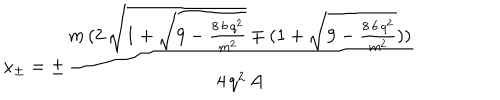
LaTeX: x _ { \pm } = \pm \frac { m \, ( 2 \, \sqrt { 1 + \sqrt { 9 - \frac { 8 \, b \, q ^ { 2 } } { m ^ { 2 } } } } \mp ( 1 + \sqrt { 9 - \frac { 8 \, b \, q ^ { 2 } } { m ^ { 2 } } } ) ) } { 4 \, q ^ { 2 } \, A }